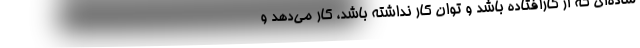
ساده‌ای که از کارافتاده باشد و توان کار نداشته باشد، کار می‌دهد و